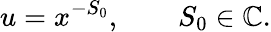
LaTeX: u=x^{-S_{0}},\qquad S_{0}\in\mathbb{C}.